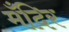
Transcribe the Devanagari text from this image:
मँदिर